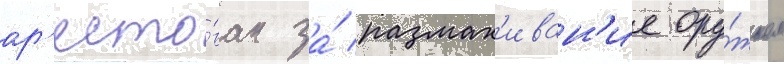
ар'есто́ван за́ размах'иван'ие ору́жием